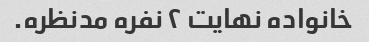
خانواده نهایت ۲ نفره مدنظره.